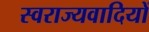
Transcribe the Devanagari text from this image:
स्वराज्यवादियों